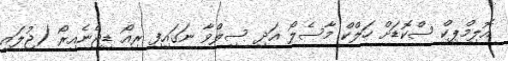
އޮލިމްޕިކް ސްކޮޑަށް ހަލްކް މާސެލޯ އަދި ސިލްވާ ނަގައިފި ރިއޯ ޑިޖެނެއިރޯ (ޖުލައި